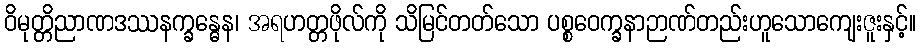
ဝိမုတ္တိညာဏဒဿနက္ခန္ဓေန၊ အရဟတ္တဖိုလ်ကို သိမြင်တတ်သော ပစ္စဝေက္ခနာဉာဏ်တည်းဟူသောကျေးဇူးနှင့်။